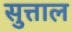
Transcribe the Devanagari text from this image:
सुत्ताल